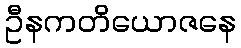
ဦနကတိယောဇနေ